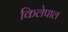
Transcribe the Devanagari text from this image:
किलेपाल